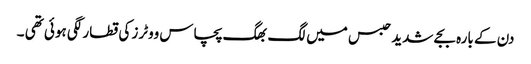
دن کے بارہ بجے شدید حبس میں لگ بھگ پچاس ووٹرز کی قطار لگی ہوئی تھی ۔